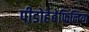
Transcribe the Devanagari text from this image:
पीडोहेबेफिलिया